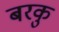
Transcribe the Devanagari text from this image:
बरकु